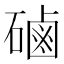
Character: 磠